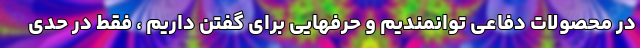
در محصولات دفاعی توانمندیم و حرفهایی برای گفتن داریم ، فقط در حدی